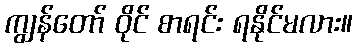
ကျွန်တော် ဝိုင် စာရင်း ရနိုင်မလား။